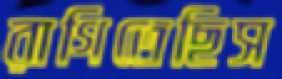
রাগিতেছিস